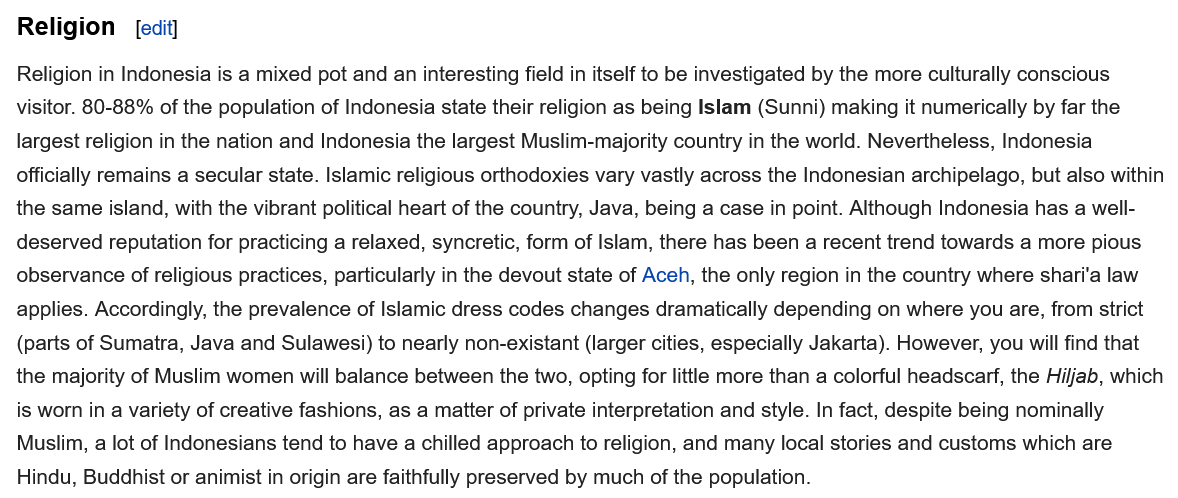
Religion    [edit]
  Religion in Indonesia is a mixed pot and an interesting field in itself to be investigated by the more culturally conscious
  visitor. 80-88% of the population of Indonesia state their religion as being Islam (Sunni) making it numerically by far the
  largest religion in the nation and Indonesia the largest Muslim-majority country in the world. Nevertheless, Indonesia
  officially remains a secular state. Islamic religious orthodoxies vary vastly across the Indonesian archipelago, but also within
  the same island, with the vibrant political heart of the country, Java, being a case in point. Although Indonesia has a well-
  deserved reputation for practicing a relaxed, syncretic, form of Islam, there has been a recent trend towards a more pious
  observance of religious practices, particularly in the devout state of Aceh, the only region in the country where sharia law
  applies. Accordingly, the prevalence of Islamic dress codes changes dramatically depending on where you are, from strict
  (parts of Sumatra, Java and Sulawesi) to nearly non-existant (larger cities, especially Jakarta). However, you will find that
  the majority of Muslim women will balance between the two, opting for little more than a colorful headscarf, the Hiljab, which
  is worn in a variety of creative fashions, as a matter of private interpretation and style. In fact, despite being nominally
  Muslim, a lot of Indonesians tend to have a chilled approach to religion, and many local stories and customs which are
  Hindu, Buddhist or animist in origin are faithfully preserved by much of the population.